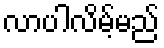
လာပါလိမ့်မည်